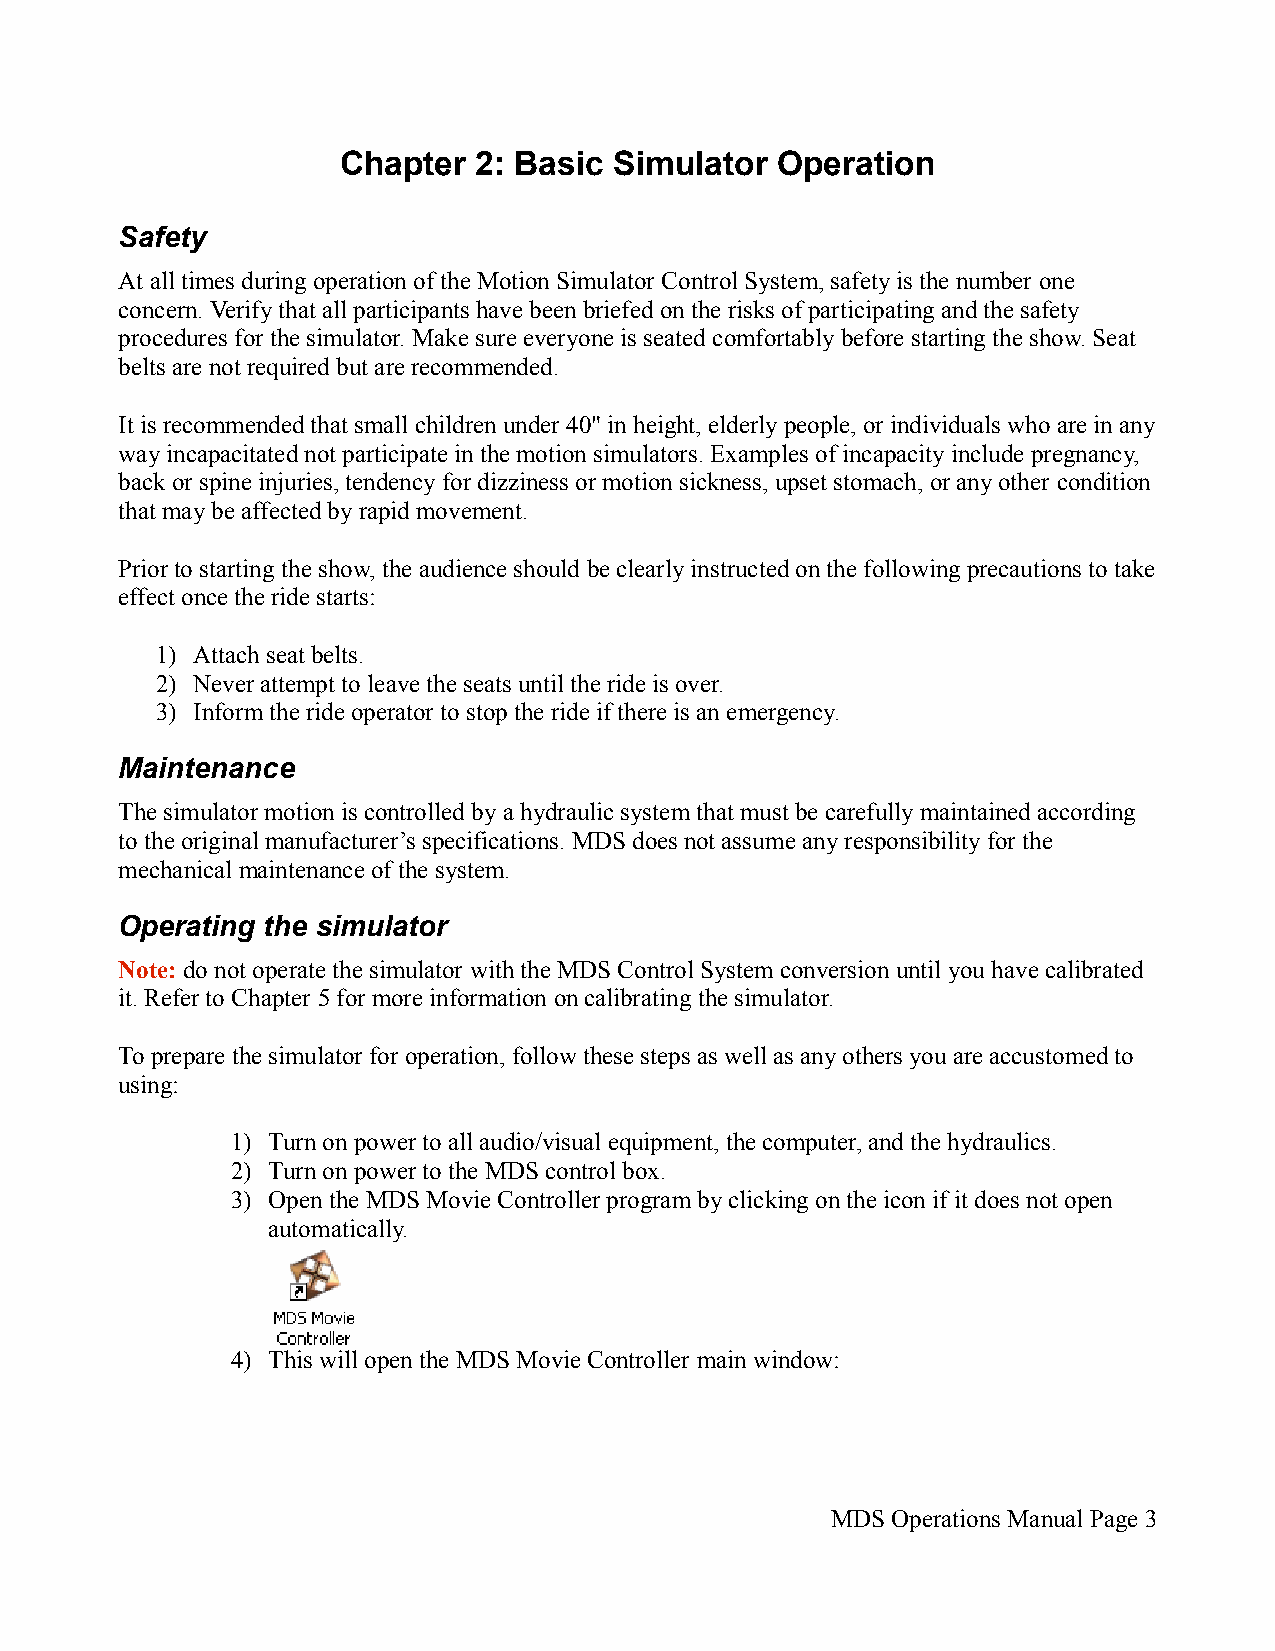
Chapter  2: Basic  Simulator Operation
 Safety
 At all times during operation of the Motion Simulator Control System, safety is the number one
 concern. Verify that all participants have been briefed on the risks of participating and the safety
 procedures for the simulator. Make sure everyone is seated comfortably before starting the show. Seat
 belts are not required but are recommended.
 It is recommended that small children under 40" in height, elderly people, or individuals who are in any
 way incapacitated not participate in the motion simulators. Examples of incapacity include pregnancy,
 back or spine injuries, tendency for dizziness or motion sickness, upset stomach, or any other condition
 that may be affected by rapid movement.
 Prior to starting the show, the audience should be clearly instructed on the following precautions to take
 effect once the ride starts:
 1) Attach seat belts.
 2) Never attempt to leave the seats until the ride is over.
 3) Inform the ride operator to stop the ride if there is an emergency.
 Maintenance
 The simulator motion is controlled by a hydraulic system that must be carefully maintained according
 to the original manufacturer’s specifications. MDS does not assume any responsibility for the
 mechanical maintenance of the system.
 Operating the simulator
 Note: do not operate the simulator with the MDS Control System conversion until you have calibrated
 it. Refer to Chapter 5 for more information on calibrating the simulator.
 To prepare the simulator for operation, follow these steps as well as any others you are accustomed to
 using:
 1) Turn on power to all audio/visual equipment, the computer, and the hydraulics.
 2) Turn on power to the MDS control box.
 3) Open the MDS Movie Controller program by clicking on the icon if it does not open
 automatically.
 4) This will open the MDS Movie Controller main window:
 MDS Operations Manual Page 3